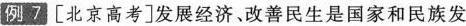
例7[北京高考]发展经济、改善民生是国家和民族发